Vaccination in Burma 1912-1922 - 1912-1922
Year: 1912
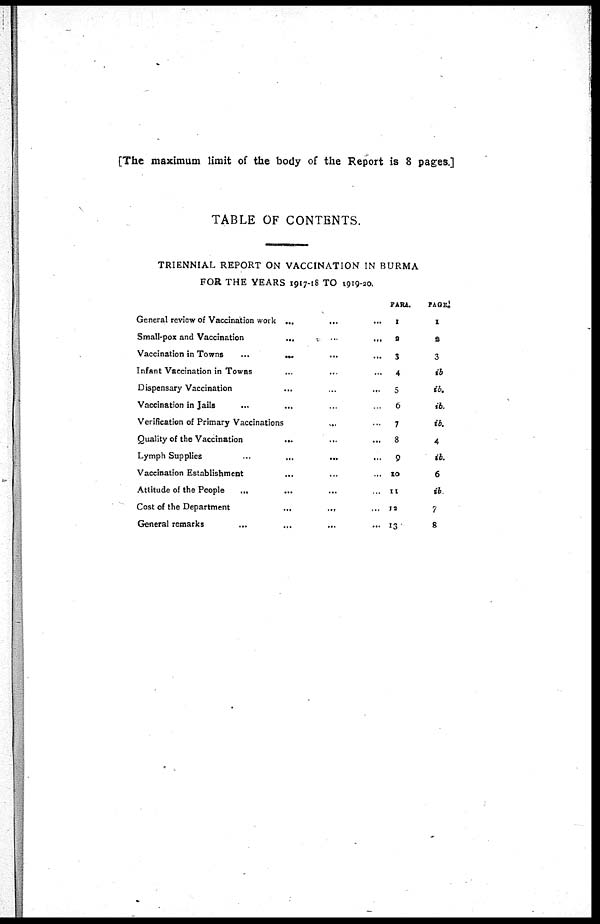
[The maximum limit of the body of the Report is 8 pages.]
TABLE OF CONTENTS.
TRIENNIAL REPORT ON VACCINATION IN BURMA
FOR THE YEARS 1917-18 TO 1919-20.
General review of Vaccination work ...
...
Small-pox and Vaccination
...
...
...
Vaccination in Towns
...
... ... ...
Infant Vaccination in Towns ... ... ...
Dispensary Vaccination
...
...
...
Vaccination in Jails ... ... ... ...
Verification of Primary Vaccinations ... ...
Quality of the Vaccination
... ... ...
Lymph Supplies
...
...
... ...
Vaccination Establishment ... ... ...
Attitude of the People
... ... ...
Cost of the Department
...
... ...
General remarks
...
...
...
...
PARA.
1
2
3
4
5
6
7
8
9
10
11
12
13
PAGE.
1
2
3
ib
ib.
ib.
ib.
4
ib.
6
ib.
7
8